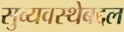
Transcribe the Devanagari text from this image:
सुव्यवस्थेबद्दल